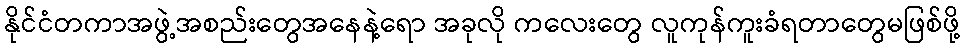
နိုင်ငံတကာအဖွဲ့အစည်းတွေအနေနဲ့ရော အခုလို ကလေးတွေ လူကုန်ကူးခံရတာတွေမဖြစ်ဖို့